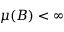
\mu ( B ) < \infty